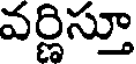
వర్ణిస్తూ